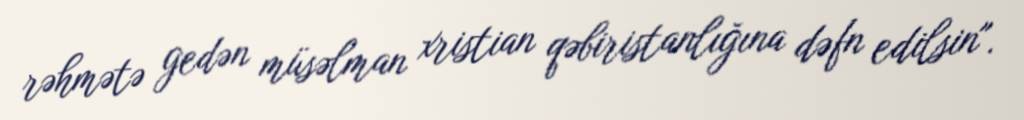
rəhmətə gedən müsəlman xristian qəbiristanlığına dəfn edilsin".